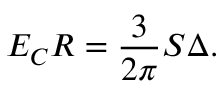
E _ { C } R = \frac { 3 } { 2 \pi } S \Delta .